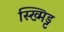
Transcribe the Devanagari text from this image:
स्ख्मिड्ट